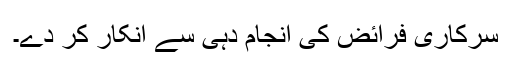
سرکاری فرائض کی انجام دہی سے انکار کر دے۔